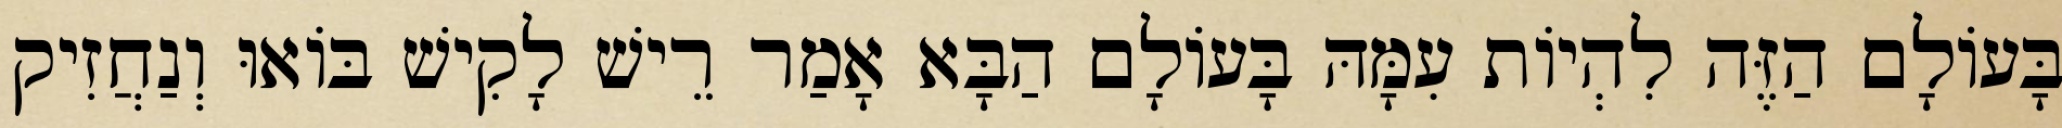
בָּעוֹלָם הַזֶּה לִהְיוֹת עִמָּהּ בָּעוֹלָם הַבָּא אָמַר רֵישׁ לָקִישׁ בּוֹאוּ וְנַחֲזִיק